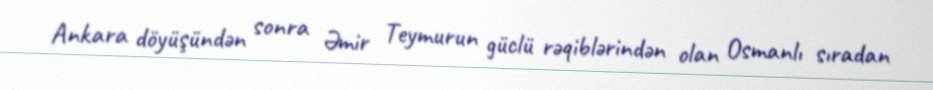
Ankara döyüşündən sonra Əmir Teymurun güclü rəqiblərindən olan Osmanlı sıradan